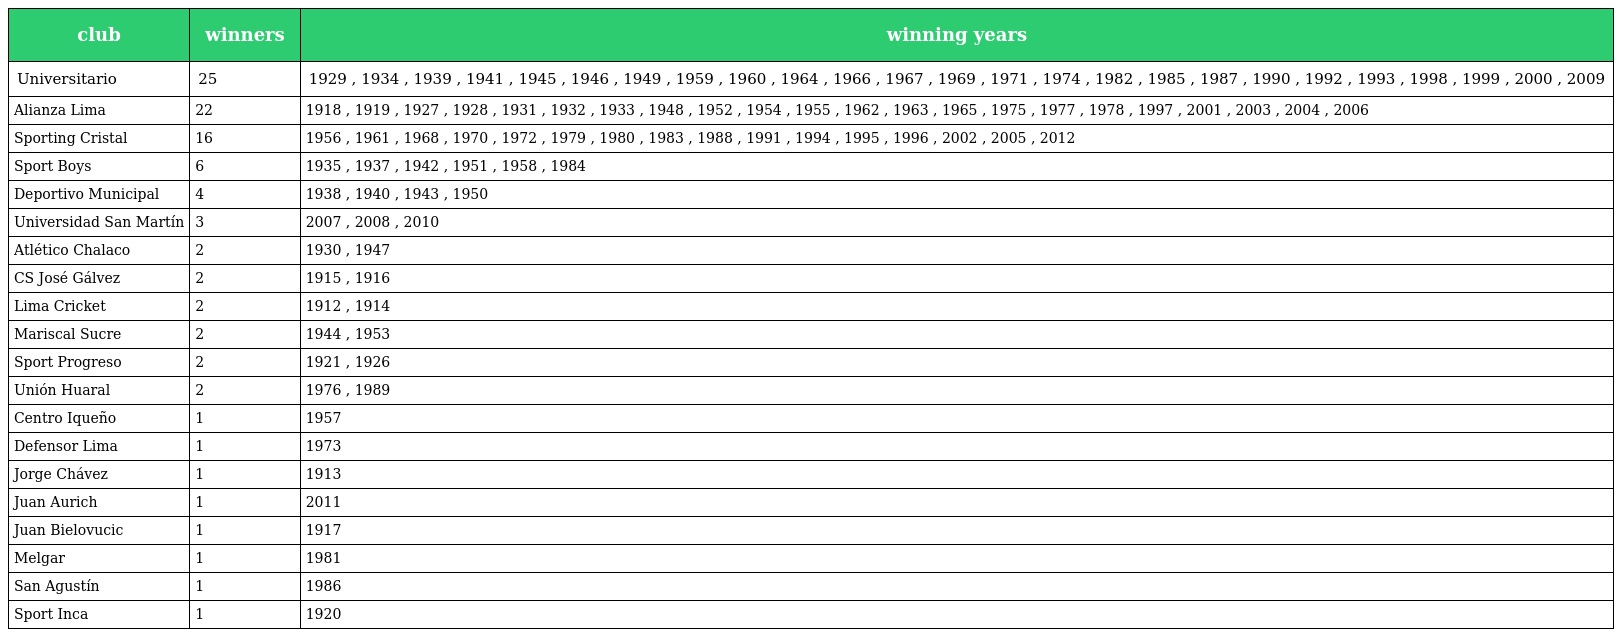
| club | winners | winning years |
 | --- | --- | --- |
 | Universitario | 25 | 1929 , 1934 , 1939 , 1941 , 1945 , 1946 , 1949 , 1959 , 1960 , 1964 , 1966 , 1967 , 1969 , 1971 , 1974 , 1982 , 1985 , 1987 , 1990 , 1992 , 1993 , 1998 , 1999 , 2000 , 2009 |
 | Alianza Lima | 22 | 1918 , 1919 , 1927 , 1928 , 1931 , 1932 , 1933 , 1948 , 1952 , 1954 , 1955 , 1962 , 1963 , 1965 , 1975 , 1977 , 1978 , 1997 , 2001 , 2003 , 2004 , 2006 |
 | Sporting Cristal | 16 | 1956 , 1961 , 1968 , 1970 , 1972 , 1979 , 1980 , 1983 , 1988 , 1991 , 1994 , 1995 , 1996 , 2002 , 2005 , 2012 |
 | Sport Boys | 6 | 1935 , 1937 , 1942 , 1951 , 1958 , 1984 |
 | Deportivo Municipal | 4 | 1938 , 1940 , 1943 , 1950 |
 | Universidad San Martín | 3 | 2007 , 2008 , 2010 |
 | Atlético Chalaco | 2 | 1930 , 1947 |
 | CS José Gálvez | 2 | 1915 , 1916 |
 | Lima Cricket | 2 | 1912 , 1914 |
 | Mariscal Sucre | 2 | 1944 , 1953 |
 | Sport Progreso | 2 | 1921 , 1926 |
 | Unión Huaral | 2 | 1976 , 1989 |
 | Centro Iqueño | 1 | 1957 |
 | Defensor Lima | 1 | 1973 |
 | Jorge Chávez | 1 | 1913 |
 | Juan Aurich | 1 | 2011 |
 | Juan Bielovucic | 1 | 1917 |
 | Melgar | 1 | 1981 |
 | San Agustín | 1 | 1986 |
 | Sport Inca | 1 | 1920 |